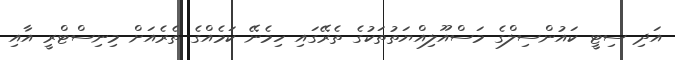
އަދި ސިޓީ ކައުންސިލްގެ މަސްއޫލިއްޔަތުތަކުގެ ތެރޭގައި ހިމެނޭ ކަމެއްގެ ތެރެއަށް މިނިސްޓްރީ އާއި